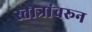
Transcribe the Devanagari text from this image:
स्तोत्रांवरून